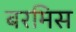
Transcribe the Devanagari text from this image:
बरमिस